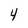
Character: 4